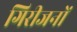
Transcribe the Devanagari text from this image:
गिरीजनों